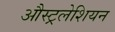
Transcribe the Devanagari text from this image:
औस्ट्रलेशियन